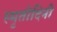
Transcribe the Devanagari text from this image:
स्मृतीदिनी